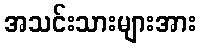
အသင်းသားများအား